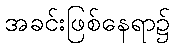
အခင်းဖြစ်နေရာ၌